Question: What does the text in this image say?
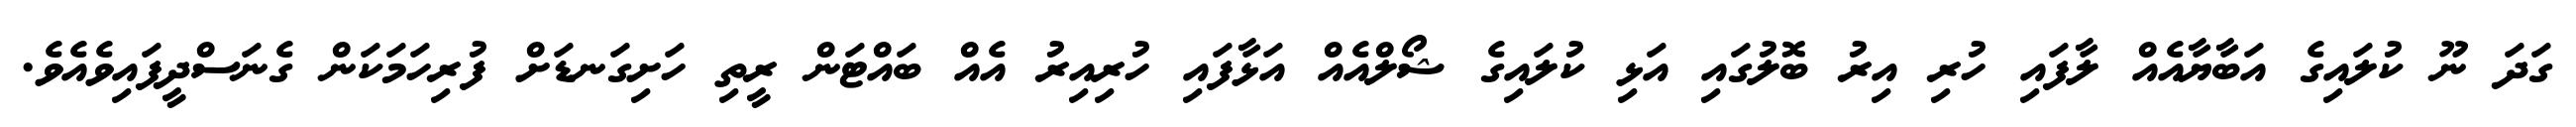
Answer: ގަދަ ނޫ ކުލައިގެ އަބާޔާއެއް ލާފައި ހުރި އިރު ބޮލުގައި އަޅި ކުލައިގެ ޝޯލްއެއް އަޅާފައި ހުރިއިރު އެއް ބައްޓަން ރީތި ހަށިގަނޑަށް ފުރިހަމަކަން ގެނަސްދީފައިވެއެވެ.